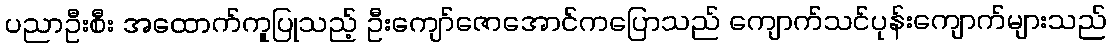
ပညာဦးစီး အထောက်ကူပြုသည့် ဦးကျော်ဇောအောင်ကပြောသည် ကျောက်သင်ပုန်းကျောက်များသည်